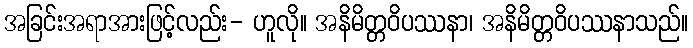
အခြင်းအရာအားဖြင့်လည်း- ဟူလို။ အနိမိတ္တဝိပဿနာ၊ အနိမိတ္တဝိပဿနာသည်။